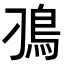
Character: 𩾗